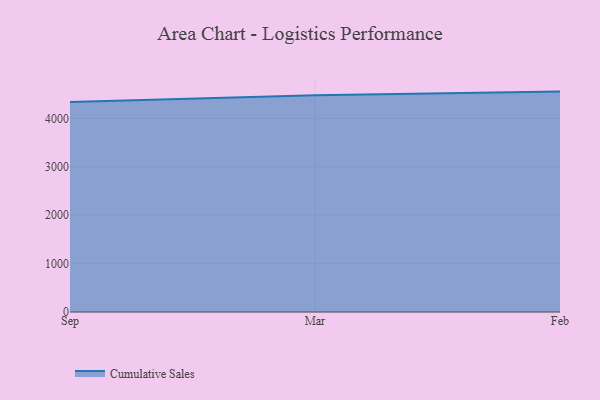
{"axis": {"x": "Month", "y": "Latency (ms)"}, "legend": ["Cumulative Sales"], "data": [{"x": "Sep", "y": 4338.3, "type": "Cumulative Sales"}, {"x": "Mar", "y": 4477.7, "type": "Cumulative Sales"}, {"x": "Feb", "y": 4555.5, "type": "Cumulative Sales"}]}